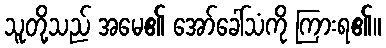
သူတို့သည် အမေ၏ အော်ခေါ်သံကို ကြားရ၏။